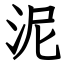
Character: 泥